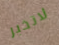
لاتخبر